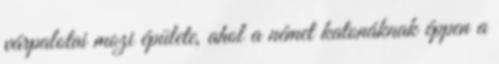
várpalotai mozi épülete, ahol a német katonáknak éppen a